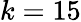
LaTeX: k=15